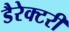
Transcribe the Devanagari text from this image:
डैरेक्टरी